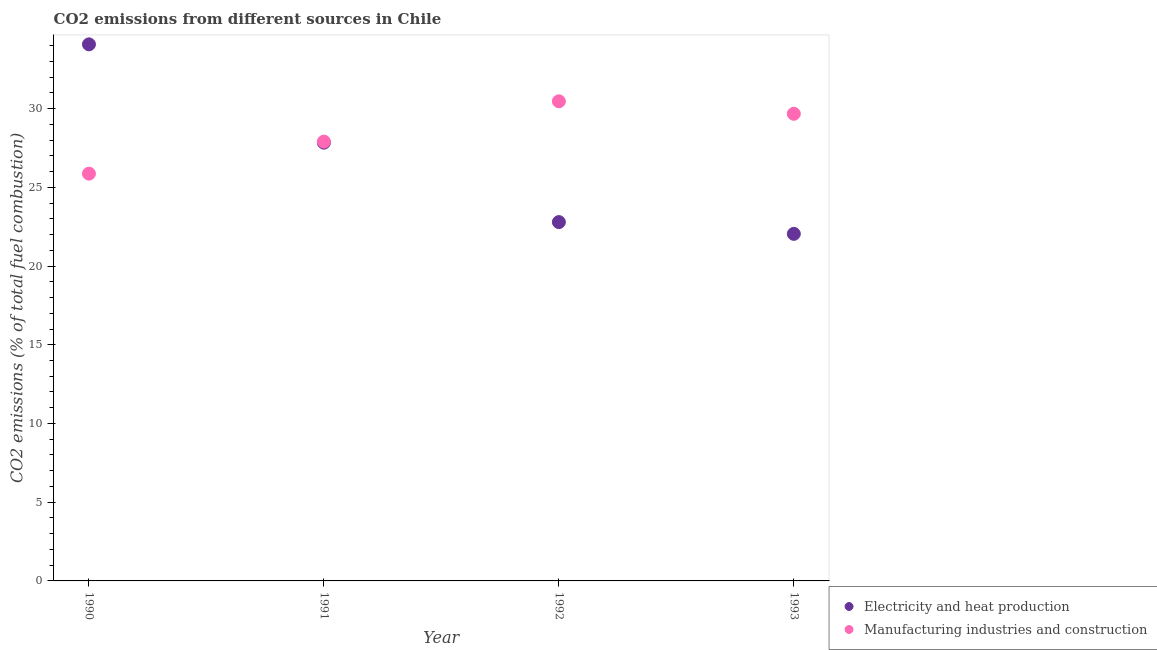
| Year | Electricity and heat production | Manufacturing industries and construction |
 | --- | --- | --- |
 | 1990 | 34.1 | 25.9 |
 | 1991 | 27.8 | 27.9 |
 | 1992 | 22.8 | 30.5 |
 | 1993 | 22 | 29.7 |